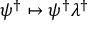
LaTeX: \psi ^ { \dagger } \mapsto \psi ^ { \dagger } \lambda ^ { \dagger }